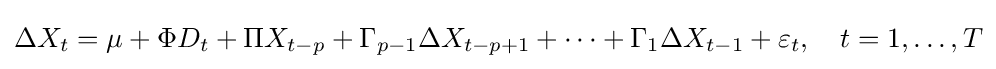
\Delta X_{t}=\mu +\Phi D_{t}+\Pi X_{t-p}+\Gamma _{p-1}\Delta X_{t-p+1}+\cdots +\Gamma _{1}\Delta X_{t-1}+\varepsilon _{t},\quad t=1,\dots ,T